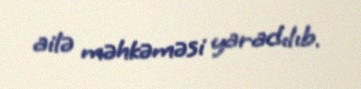
ailə məhkəməsi yaradılıb.